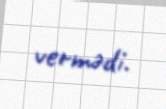
vermədi.